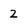
Character: 2